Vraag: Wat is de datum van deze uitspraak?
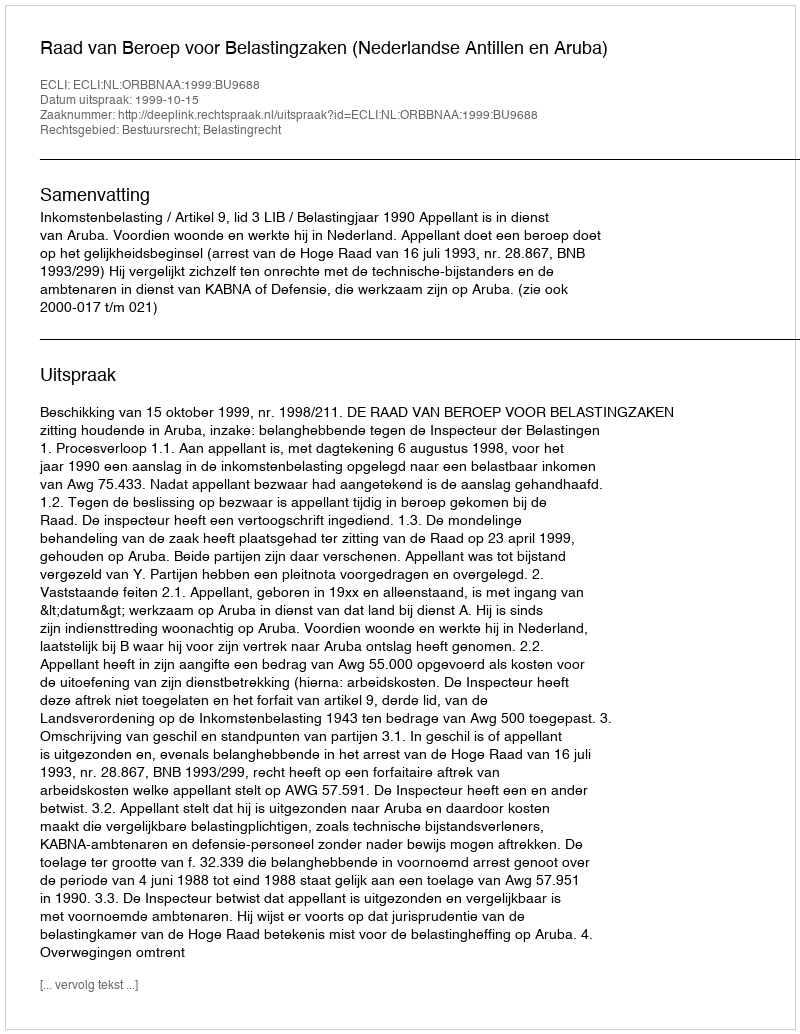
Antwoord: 1999-10-15